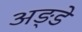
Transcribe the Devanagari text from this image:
अङ्डे